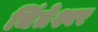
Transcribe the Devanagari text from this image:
चिंतेश्वर